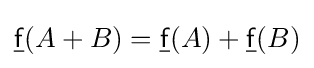
{\underline {\mathsf {f}}}(A+B)={\underline {\mathsf {f}}}(A)+{\underline {\mathsf {f}}}(B)